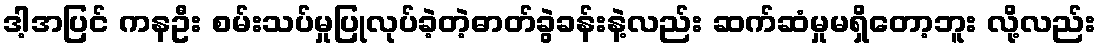
ဒါ့အပြင် ကနဦး စမ်းသပ်မှုပြုလုပ်ခဲ့တဲ့ဓာတ်ခွဲခန်းနဲ့လည်း ဆက်ဆံမှုမရှိတော့ဘူး လို့လည်း